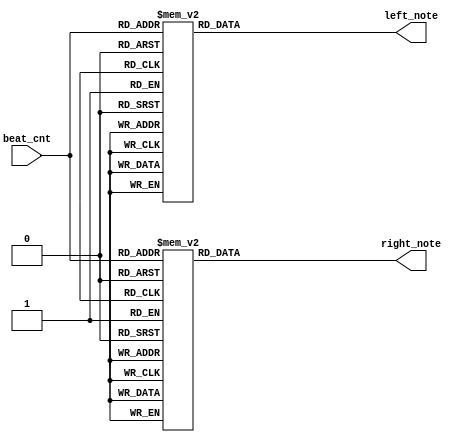
module little_star ( /*input*/ beat_cnt,  /*output*/ left_note, right_note );

    input [6:0] beat_cnt;
    output reg [3:0] left_note, right_note;

    //-----------------------------right-------------------------------
    always@*
    begin
        case( beat_cnt )
            1: right_note = 4'd1;
            2: right_note = 4'd1;
            3: right_note = 4'd1;
            4: right_note = 4'd1;

            5: right_note = 4'd5;
            6: right_note = 4'd5;
            7: right_note = 4'd5;
            8: right_note = 4'd5;

            9: right_note = 4'd6;
            10: right_note = 4'd6;
            11: right_note = 4'd6;
            12: right_note = 4'd6;

            13: right_note = 4'd5;
            14: right_note = 4'd5;
            15: right_note = 4'd5;
            16: right_note = 4'd5;

            17: right_note = 4'd4;
            18: right_note = 4'd4;
            19: right_note = 4'd4;
            20: right_note = 4'd4;

            21: right_note = 4'd3;
            22: right_note = 4'd3;
            23: right_note = 4'd3;
            24: right_note = 4'd3;

            25: right_note = 4'd2;
            26: right_note = 4'd2;
            27: right_note = 4'd2;
            28: right_note = 4'd2;

            29: right_note = 4'd1;
            30: right_note = 4'd1;
            31: right_note = 4'd1;
            32: right_note = 4'd1;

            33: right_note = 4'd5;
            34: right_note = 4'd5;
            35: right_note = 4'd5;
            36: right_note = 4'd5;

            37: right_note = 4'd4;
            38: right_note = 4'd4;
            39: right_note = 4'd4;
            40: right_note = 4'd4;

            41: right_note = 4'd3;
            42: right_note = 4'd3;
            43: right_note = 4'd3;
            44: right_note = 4'd3;

            45: right_note = 4'd2;
            46: right_note = 4'd2;
            47: right_note = 4'd2;
            48: right_note = 4'd2;

            49: right_note = 4'd5;
            50: right_note = 4'd5;
            51: right_note = 4'd5;
            52: right_note = 4'd5;

            53: right_note = 4'd4;
            54: right_note = 4'd4;
            55: right_note = 4'd4;
            56 : right_note = 4'd4;

            57: right_note = 4'd3;
            58: right_note = 4'd3;
            59: right_note = 4'd3;
            60: right_note = 4'd3;

            61: right_note = 4'd2;
            62: right_note = 4'd2;
            63: right_note = 4'd2;
            64: right_note = 4'd2;

            65: right_note = 4'd1;
            66: right_note = 4'd1;
            67: right_note = 4'd1;
            68: right_note = 4'd1;

            69: right_note = 4'd5;
            70: right_note = 4'd5;
            71: right_note = 4'd5;
            72: right_note = 4'd5;

            73: right_note = 4'd6;
            74: right_note = 4'd6;
            75: right_note = 4'd6;
            76: right_note = 4'd6;

            77: right_note = 4'd5;
            78: right_note = 4'd5;
            79: right_note = 4'd5;
            80: right_note = 4'd5;

            81: right_note = 4'd4;
            82: right_note = 4'd4;
            83: right_note = 4'd4;
            84: right_note = 4'd4;

            85: right_note = 4'd3;
            86: right_note = 4'd3;
            87: right_note = 4'd3;
            88: right_note = 4'd3;

            89: right_note = 4'd2;
            90: right_note = 4'd2;
            91: right_note = 4'd2;
            92: right_note = 4'd2;

            93: right_note = 4'd1;
            94: right_note = 4'd1;
            95: right_note = 4'd1;
            96: right_note = 4'd1;


            default right_note = 4'd0;
        endcase
    end
    //-----------------------------left-------------------------------
    always@*
    begin
        case( beat_cnt )
            1: left_note = 4'd1;
            2: left_note = 4'd5;
            3: left_note = 4'd3;
            4: left_note = 4'd5;

            5: left_note = 4'd1;
            6: left_note = 4'd5;
            7: left_note = 4'd3;
            8: left_note = 4'd5;

            9: left_note = 4'd1;
            10: left_note = 4'd6;
            11: left_note = 4'd4;
            12: left_note = 4'd6;

            13: left_note = 4'd1;
            14: left_note = 4'd5;
            15: left_note = 4'd3;
            16: left_note = 4'd5;

            17: left_note = 4'd9; //low 7
            18: left_note = 4'd4;
            19: left_note = 4'd2;
            20: left_note = 4'd4;

            21: left_note = 4'd1;
            22: left_note = 4'd5;
            23: left_note = 4'd3;
            24: left_note = 4'd5;

            25: left_note = 4'd9;
            26: left_note = 4'd5;
            27: left_note = 4'd2;
            28: left_note = 4'd5;

            29: left_note = 4'd1;
            30: left_note = 4'd5;
            31: left_note = 4'd3;
            32: left_note = 4'd5;

            33: left_note = 4'd1;
            34: left_note = 4'd5;
            35: left_note = 4'd3;
            36: left_note = 4'd5;

            37: left_note = 4'd7;
            38: left_note = 4'd4;
            39: left_note = 4'd2;
            40: left_note = 4'd4;

            41: left_note = 4'd1;
            42: left_note = 4'd5;
            43: left_note = 4'd3;
            44: left_note = 4'd5;

            45: left_note = 4'd7;
            46: left_note = 4'd5;
            47: left_note = 4'd2;
            48: left_note = 4'd5;

            49: left_note = 4'd1;
            50: left_note = 4'd5;
            51: left_note = 4'd3;
            52: left_note = 4'd5;

            53: left_note = 4'd7;
            54: left_note = 4'd4;
            55: left_note = 4'd2;
            56 : left_note = 4'd4;

            57: left_note = 4'd1;
            58: left_note = 4'd5;
            59: left_note = 4'd3;
            60: left_note = 4'd5;

            61: left_note = 4'd7;
            62: left_note = 4'd5;
            63: left_note = 4'd2;
            64: left_note = 4'd5;

            65: left_note = 4'd1;
            66: left_note = 4'd5;
            67: left_note = 4'd3;
            68: left_note = 4'd5;

            69: left_note = 4'd1;
            70: left_note = 4'd5;
            71: left_note = 4'd3;
            72: left_note = 4'd5;

            73: left_note = 4'd1;
            74: left_note = 4'd6;
            75: left_note = 4'd4;
            76: left_note = 4'd6;

            77: left_note = 4'd1;
            78: left_note = 4'd5;
            79: left_note = 4'd3;
            80: left_note = 4'd5;

            81: left_note = 4'd7;
            82: left_note = 4'd4;
            83: left_note = 4'd2;
            84: left_note = 4'd4;

            85: left_note = 4'd8; //low_5
            86: left_note = 4'd3;
            87: left_note = 4'd1;
            88: left_note = 4'd3;

            89: left_note = 4'd8;
            90: left_note = 4'd2;
            91: left_note = 4'd9;
            92: left_note = 4'd2;

            93: left_note = 4'd1;
            94: left_note = 4'd1;
            95: left_note = 4'd1;
            96: left_note = 4'd1;

            default left_note = 4'd0;
        endcase
    end

endmodule